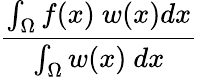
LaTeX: \frac{\int_{\Omega}f(x)\ w(x)dx}{\int_{\Omega}w(x)\ dx}